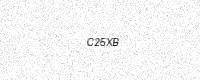
Text: C25XB